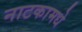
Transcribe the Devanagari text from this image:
नाटकामधे